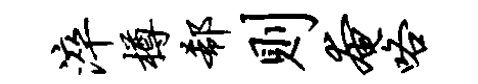
淬樽欷则奄咯